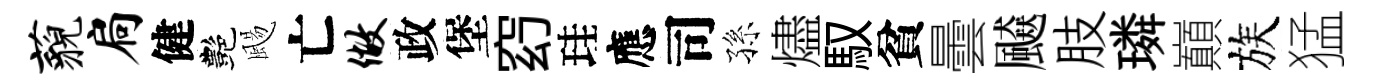
藐扃健艷颺亡做政堡𥥆珪應司孫燼馭貧曇飇肢璘巔族猛